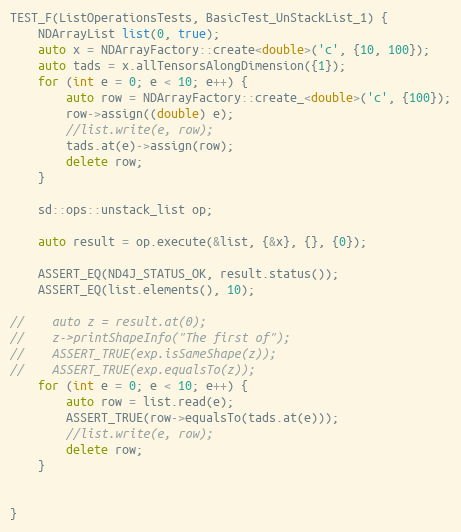
Language: C++
TEST_F(ListOperationsTests, BasicTest_UnStackList_1) {
    NDArrayList list(0, true);
    auto x = NDArrayFactory::create<double>('c', {10, 100});
    auto tads = x.allTensorsAlongDimension({1});
    for (int e = 0; e < 10; e++) {
        auto row = NDArrayFactory::create_<double>('c', {100});
        row->assign((double) e);
        //list.write(e, row);
        tads.at(e)->assign(row);
        delete row;
    }

    sd::ops::unstack_list op;

    auto result = op.execute(&list, {&x}, {}, {0});

    ASSERT_EQ(ND4J_STATUS_OK, result.status());
    ASSERT_EQ(list.elements(), 10);

//    auto z = result.at(0);
//    z->printShapeInfo("The first of");
//    ASSERT_TRUE(exp.isSameShape(z));
//    ASSERT_TRUE(exp.equalsTo(z));
    for (int e = 0; e < 10; e++) {
        auto row = list.read(e);
        ASSERT_TRUE(row->equalsTo(tads.at(e)));
        //list.write(e, row);
        delete row;
    }

}